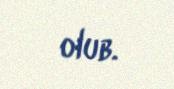
olub.